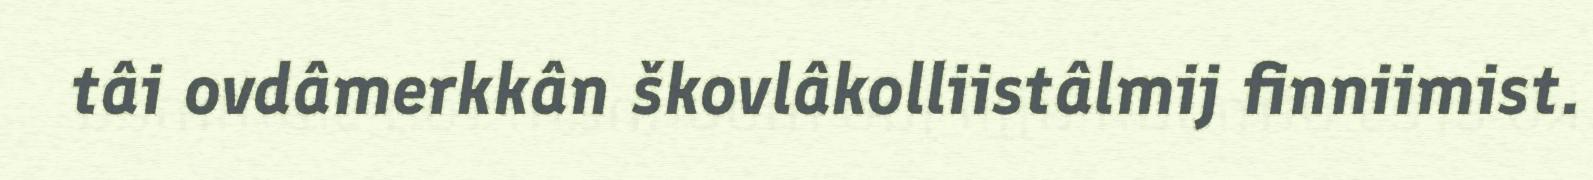
tâi ovdâmerkkân škovlâkolliistâlmij finniimist.